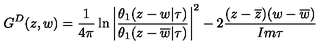
G ^ { D } ( z , w ) = \frac { 1 } { 4 \pi } \ln \left| \frac { \theta _ { 1 } ( z - w | \tau ) } { \theta _ { 1 } ( z - \overline { { w } } | \tau ) } \right| ^ { 2 } - 2 \frac { ( z - \overline { { z } } ) ( w - \overline { { w } } ) } { I m \tau }